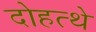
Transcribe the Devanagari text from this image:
दोहत्थे